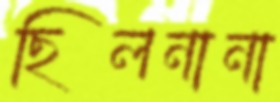
ছিলনানা